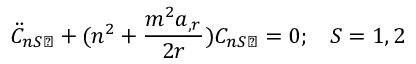
\ddot { C } _ { n S \perp } + ( n ^ { 2 } + \frac { m ^ { 2 } a _ { , r } } { 2 r } ) C _ { n S \perp } = 0 ; \; \; \; S = 1 , 2